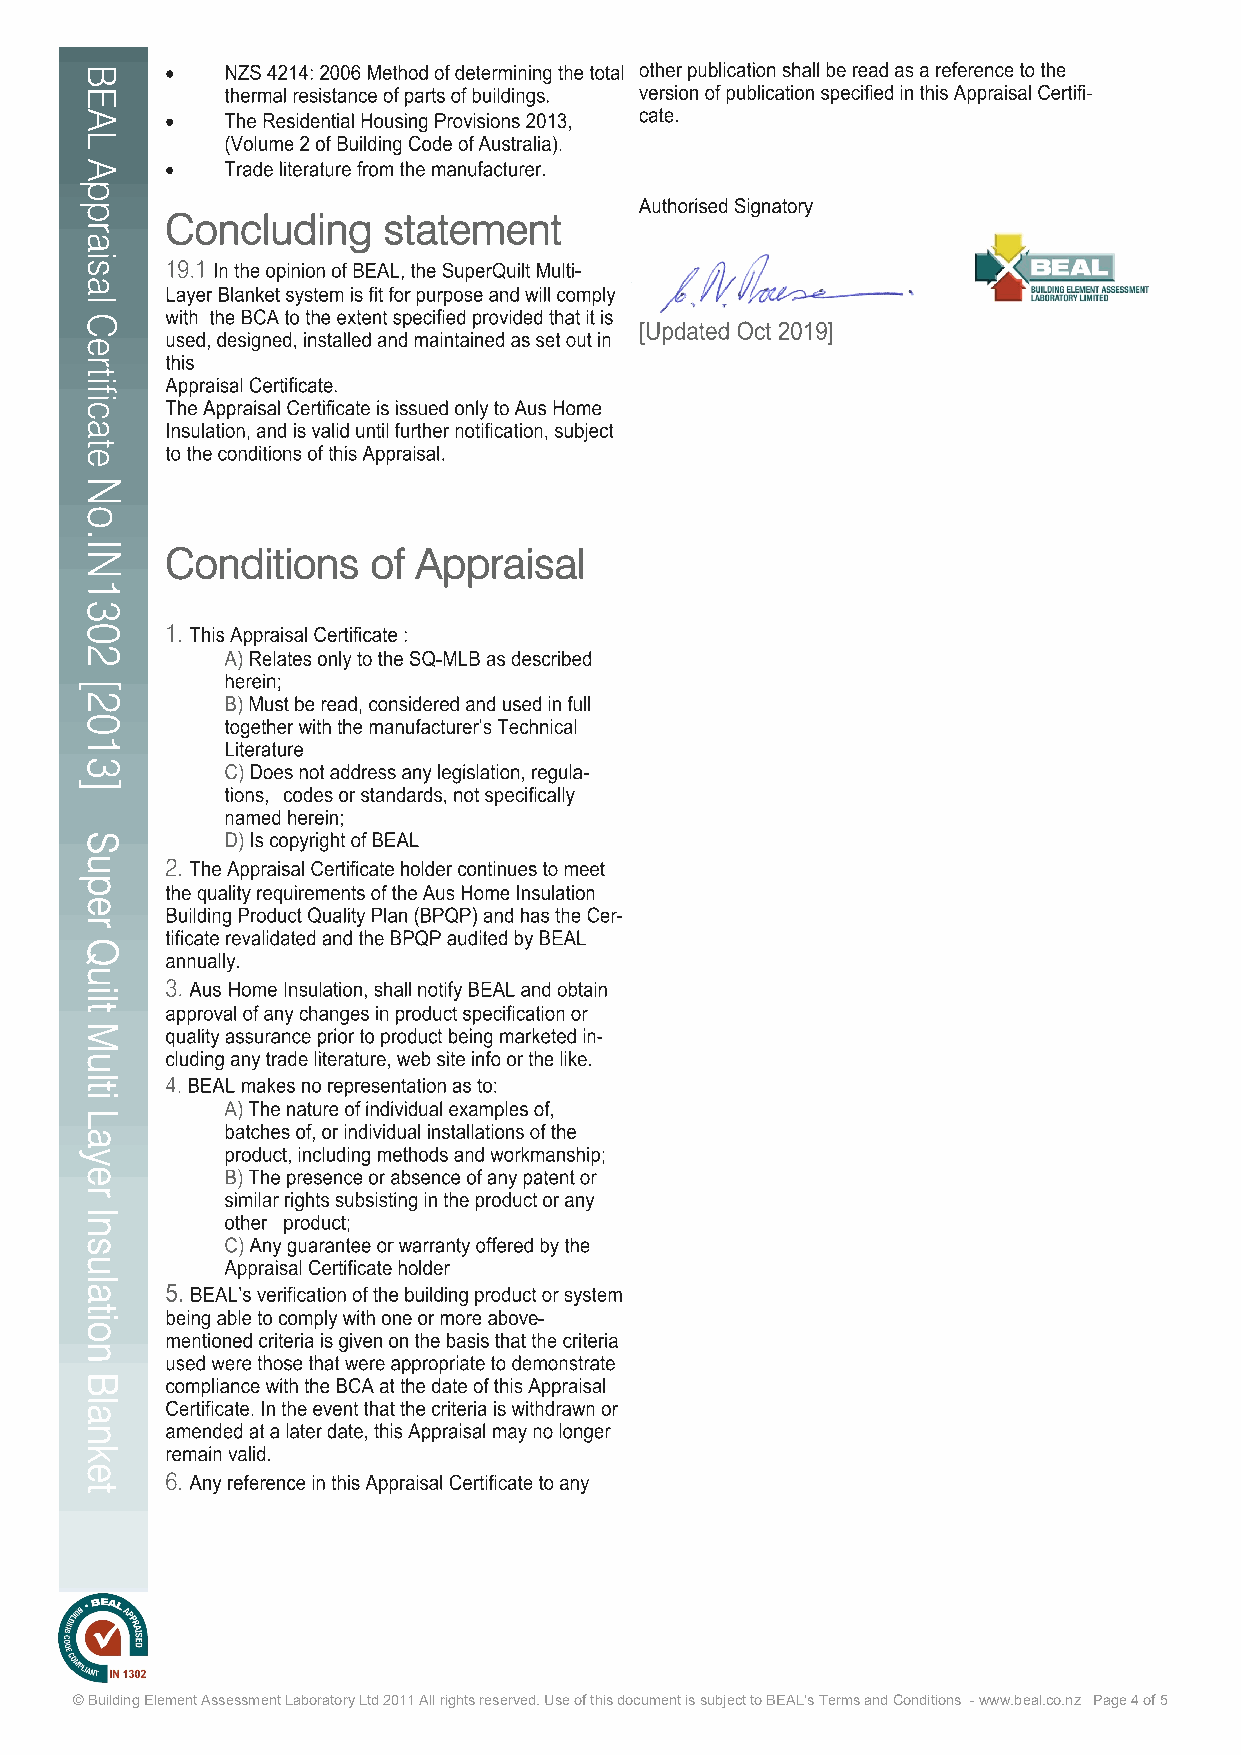
Concluding    statement
 Conditions    of Appraisal
 © Building Element Assessment Laboratory Ltd 2011 All rights reserved. Use of this document is subject to BEAL’s Terms and Conditions - www.beal.co.nz Page 4 of 5